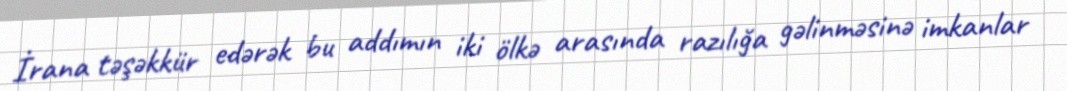
İrana təşəkkür edərək bu addımın iki ölkə arasında razılığa gəlinməsinə imkanlar